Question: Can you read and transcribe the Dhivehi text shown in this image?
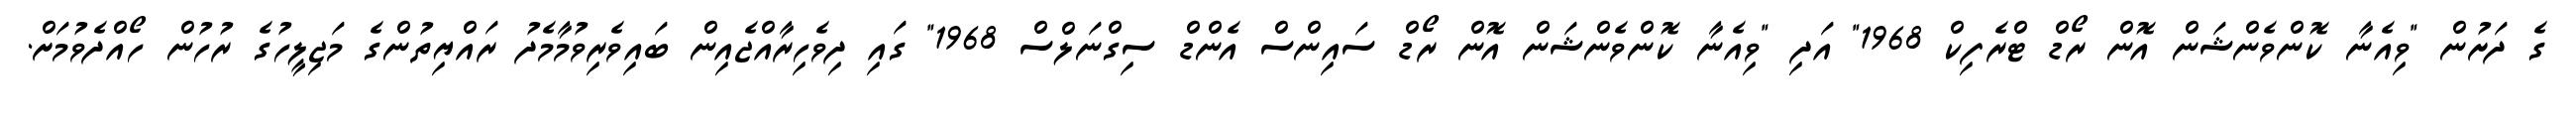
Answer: ގެ ދަށުން "ވިއެނާ ކޮންވެންޝަން އޮން ރޯޑް ޓްރެފިކް 1968" އަދި "ވިއެނާ ކޮންވެންޝަން އޮން ރޯޑް ސައިންސް އެންޑް ސިގްނަލްސް 1968" ގައި ދިވެހިރާއްޖެއިން ބައިވެރިވުމާމެދު ރައްޔިތުންގެ މަޖިލީހުގެ ރުހުން ހޯއްދެވުމަށް.